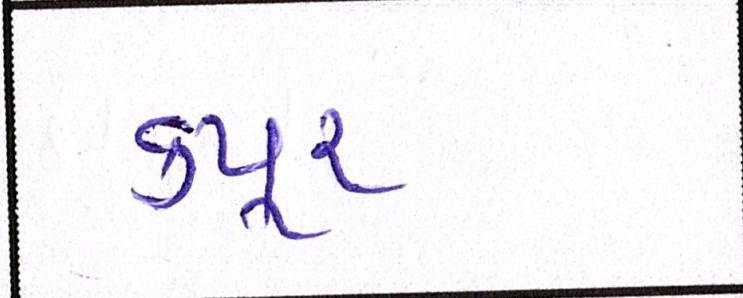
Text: કપૂર